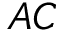
A C